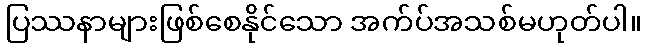
ပြဿနာများဖြစ်စေနိုင်သော အက်ပ်အသစ်မဟုတ်ပါ။